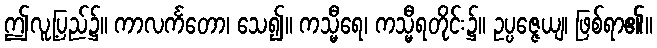
ဤလူ့ပြည်၌။ ကာလင်္ကတော၊ သေ၍။ ကသ္မီရေ၊ ကသ္မီရတိုင်း၌။ ဥပ္ပဇ္ဇေယျ၊ ဖြစ်ရာ၏။